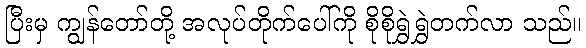
ပြီးမှ ကျွန်တော်တို့ အလုပ်တိုက်ပေါ်ကို စိုစိုရွှဲရွှဲတက်လာ သည်။